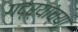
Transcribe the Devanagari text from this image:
गद्र्‍यांच्या